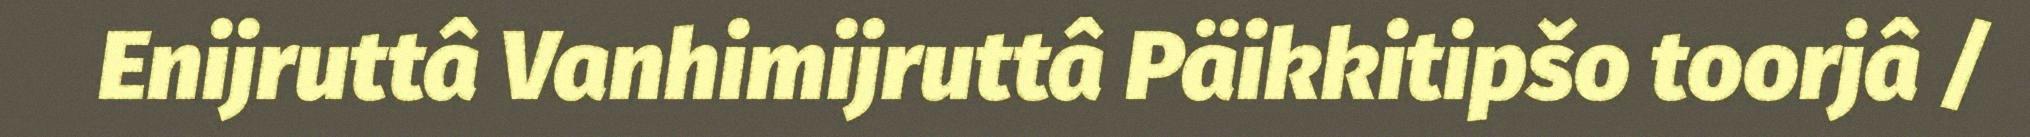
Enijruttâ Vanhimijruttâ Päikkitipšo toorjâ /